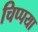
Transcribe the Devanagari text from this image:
चिप्पया